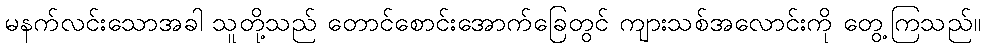
မနက်လင်းသောအခါ သူတို့သည် တောင်စောင်းအောက်ခြေတွင် ကျားသစ်အလောင်းကို တွေ့ကြသည်။